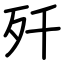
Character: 歼